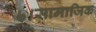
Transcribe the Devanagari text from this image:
७।सामाजिक